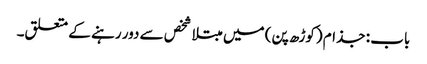
باب : جذام (کوڑھ پن) میں مبتلا شخص سے دور رہنے کے متعلق۔